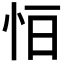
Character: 𢘆